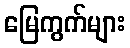
မြေကွက်များ